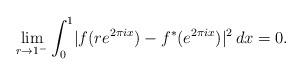
LaTeX: \begin{align*}\lim_{r\rightarrow1^{-}}\int_{0}^{1}\lvert f(re^{2\pi ix})-f^\ast(e^{2\pi ix})\rvert^2\,dx=0.\end{align*}